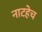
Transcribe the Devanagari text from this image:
नाटहेच